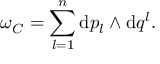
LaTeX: \omega _ { \cal C } = \sum _ { l = 1 } ^ { n } \mathrm { d } p _ { l } \wedge \mathrm { d } q ^ { l } .